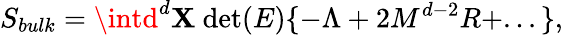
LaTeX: S_{bulk}=\intd^{d}\mathbf{X}~\mathrm{{det}}(E)\{ -\Lambda+2M^{d-2}R+...\} ,